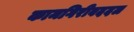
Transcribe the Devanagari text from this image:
कामगिरीबददल